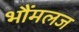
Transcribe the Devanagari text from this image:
भौंमलज